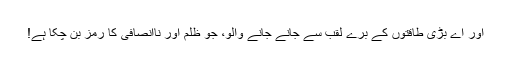
اور اے بڑی طاقتوں کے بُرے لقب سے جانے جانے والو، جو ظلم اور ناانصافی کا رمز بن چکا ہے!